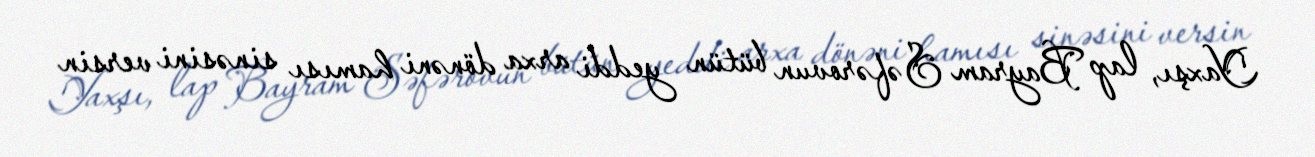
Yaxşı, lap Bayram Səfərovun bütün yeddi arxa dönəni hamısı sinəsini versin